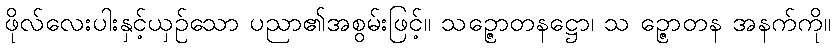
ဖိုလ်လေးပါးနှင့်ယှဉ်သော ပညာ၏အစွမ်းဖြင့်။ သဉ္ဇောတနဋ္ဌော၊ သ ဉ္ဇောတန အနက်ကို။